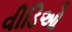
વીડિઓ